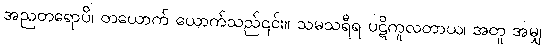
အညတရောပိ၊ တယောက် ယောက်သည်၎င်း။ သမသရီရ ပဋိကူလတာယ၊ အတူ အမျှ